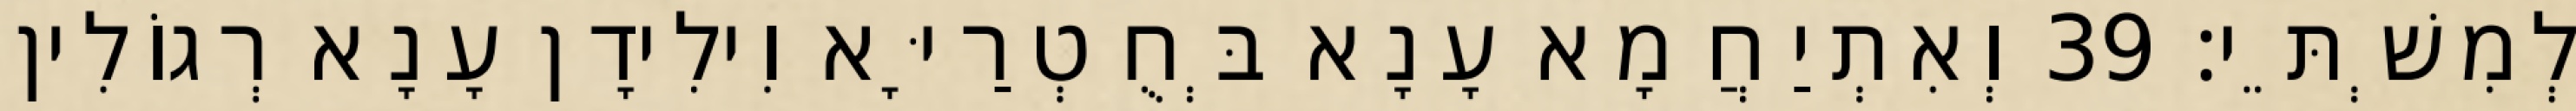
לְמִשְׁתֵּי׃ 39 וְאִתְיַחֲמָא עָנָא בְּחֻטְרַיָּא וִילִידָן עָנָא רְגוֹלִין